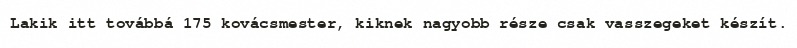
Lakik itt továbbá 175 kovácsmester, kiknek nagyobb része csak vasszegeket készít.